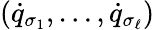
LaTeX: ({\dot{q}}_{\sigma_{1}},\dots,{\dot{q}}_{\sigma_{\ell}})